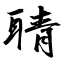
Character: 聙